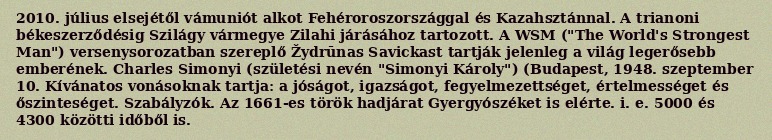
2010. július elsejétől vámuniót alkot Fehéroroszországgal és Kazahsztánnal. A trianoni békeszerződésig Szilágy vármegye Zilahi járásához tartozott. A WSM ("The World's Strongest Man") versenysorozatban szereplő Žydrūnas Savickast tartják jelenleg a világ legerősebb emberének. Charles Simonyi (születési nevén "Simonyi Károly") (Budapest, 1948. szeptember 10. Kívánatos vonásoknak tartja: a jóságot, igazságot, fegyelmezettséget, értelmességet és őszinteséget. Szabályzók. Az 1661-es török hadjárat Gyergyószéket is elérte. i. e. 5000 és 4300 közötti időből is.